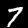
Digit: 7